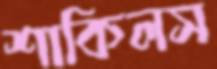
শাকিলস